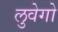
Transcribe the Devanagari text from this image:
लुवेगो